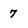
Character: 7